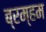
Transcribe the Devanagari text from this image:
ब्रम्हम